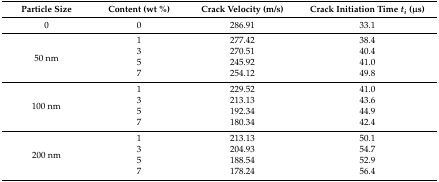
<table><thead><tr><td><b>Particle Size</b></td><td><b>Content (wt %)</b></td><td><b>Crack Velocity (m/s)</b></td><td><b>Crack Initiation Time <i>t<sub>i</sub></i> (μs)</b></td></tr></thead><tbody><tr><td>0</td><td>0</td><td>286.91</td><td>33.1</td></tr><tr><td rowspan="4">50 nm</td><td>1</td><td>277.42</td><td>38.4</td></tr><tr><td>3</td><td>270.51</td><td>40.4</td></tr><tr><td>5</td><td>245.92</td><td>41.0</td></tr><tr><td>7</td><td>254.12</td><td>49.8</td></tr><tr><td rowspan="4">100 nm</td><td>1</td><td>229.52</td><td>41.0</td></tr><tr><td>3</td><td>213.13</td><td>43.6</td></tr><tr><td>5</td><td>192.34</td><td>44.9</td></tr><tr><td>7</td><td>180.34</td><td>42.4</td></tr><tr><td rowspan="4">200 nm</td><td>1</td><td>213.13</td><td>50.1</td></tr><tr><td>3</td><td>204.93</td><td>54.7</td></tr><tr><td>5</td><td>188.54</td><td>52.9</td></tr><tr><td>7</td><td>178.24</td><td>56.4</td></tr></tbody></table>